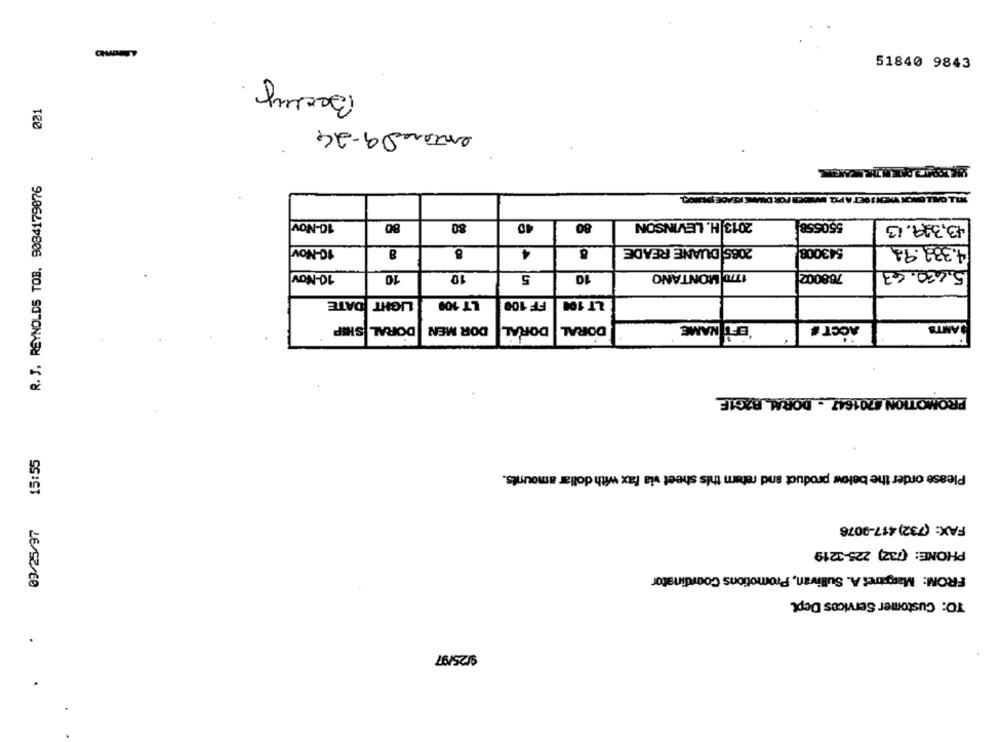
51840 9843
Becky
@21
enteral 9-24
R. J. REYNOLDS TOB. 9084179076
FOR DRA
10-Nov
2013 H. LEVINSON
550558
80
80
40
80
43,329.13
10-Nov
8
8
4
2065 DUANE READE
543008
4.332.93
10-Nov
10
10
5
10
1T70 MONTANO
788002
5.420.63
LIGHT DATE
LT 100
FF 100
LT 104
DORAL SIP
DOR MEN
DORAL
DORAL
'EFT NAME
ACCT &
SAMT'S
PROMOTION #701647 - DORAL RAGIE
09/25/97 15:55
Please order the below product and return this sheet via fax with dollar amounts.
FAX: (732) 417-9076
PHONE: (732) 225-3219
FROM: Margaret A. Sullivan, Promotions Coordinator
TO: Customer Services Depl
9/25/97